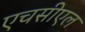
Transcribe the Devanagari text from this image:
एचसीएल